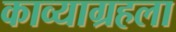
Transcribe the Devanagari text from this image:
काव्याग्रहला